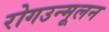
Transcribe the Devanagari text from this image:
रोगउन्मूलन